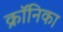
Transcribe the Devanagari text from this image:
क्रॉनिका